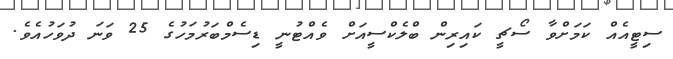
ސިޓީއެއް ކަމަށްވާ ސޯޗީ ކައިރިން ބްލެކްސީއަށް ވެއްޓުނީ ޑިސެމްބަރުމަހުގެ 25 ވަނަ ދުވަހުއެވެ.